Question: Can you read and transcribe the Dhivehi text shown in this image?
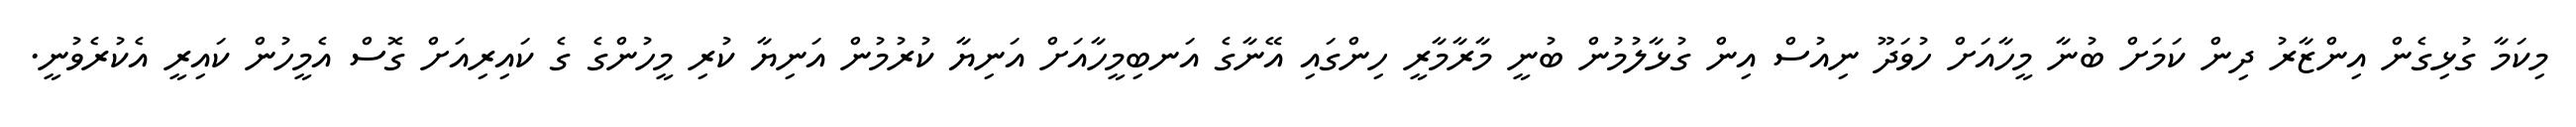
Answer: މިކަމާ ގުޅިގެން އިންޒާރު ދިން ކަމަށް ބުނާ މީހާއަށް ހުވަދޫ ނިއުސް އިން ގުޅާލުމުން ބުނީ މާރާމާރީ ހިންގައި އޭނާގެ އަނބިމީހާއަށް އަނިޔާ ކުރުމުން އަނިޔާ ކުރި މީހުންގެ ގެ ކައިރިއަށް ގޮސް އެމީހުން ކައިރީ އެކުރެވުނީ.